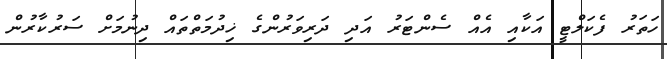
ހަތަރު ފެކަލްޓީ އަކާއި އެއް ސެންޓަރު އަދި ދަރިވަރުންގެ ޚިދުމަތްތައް ދިނުމަށް ސަރުކާރުން